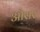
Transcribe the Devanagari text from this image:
औसर